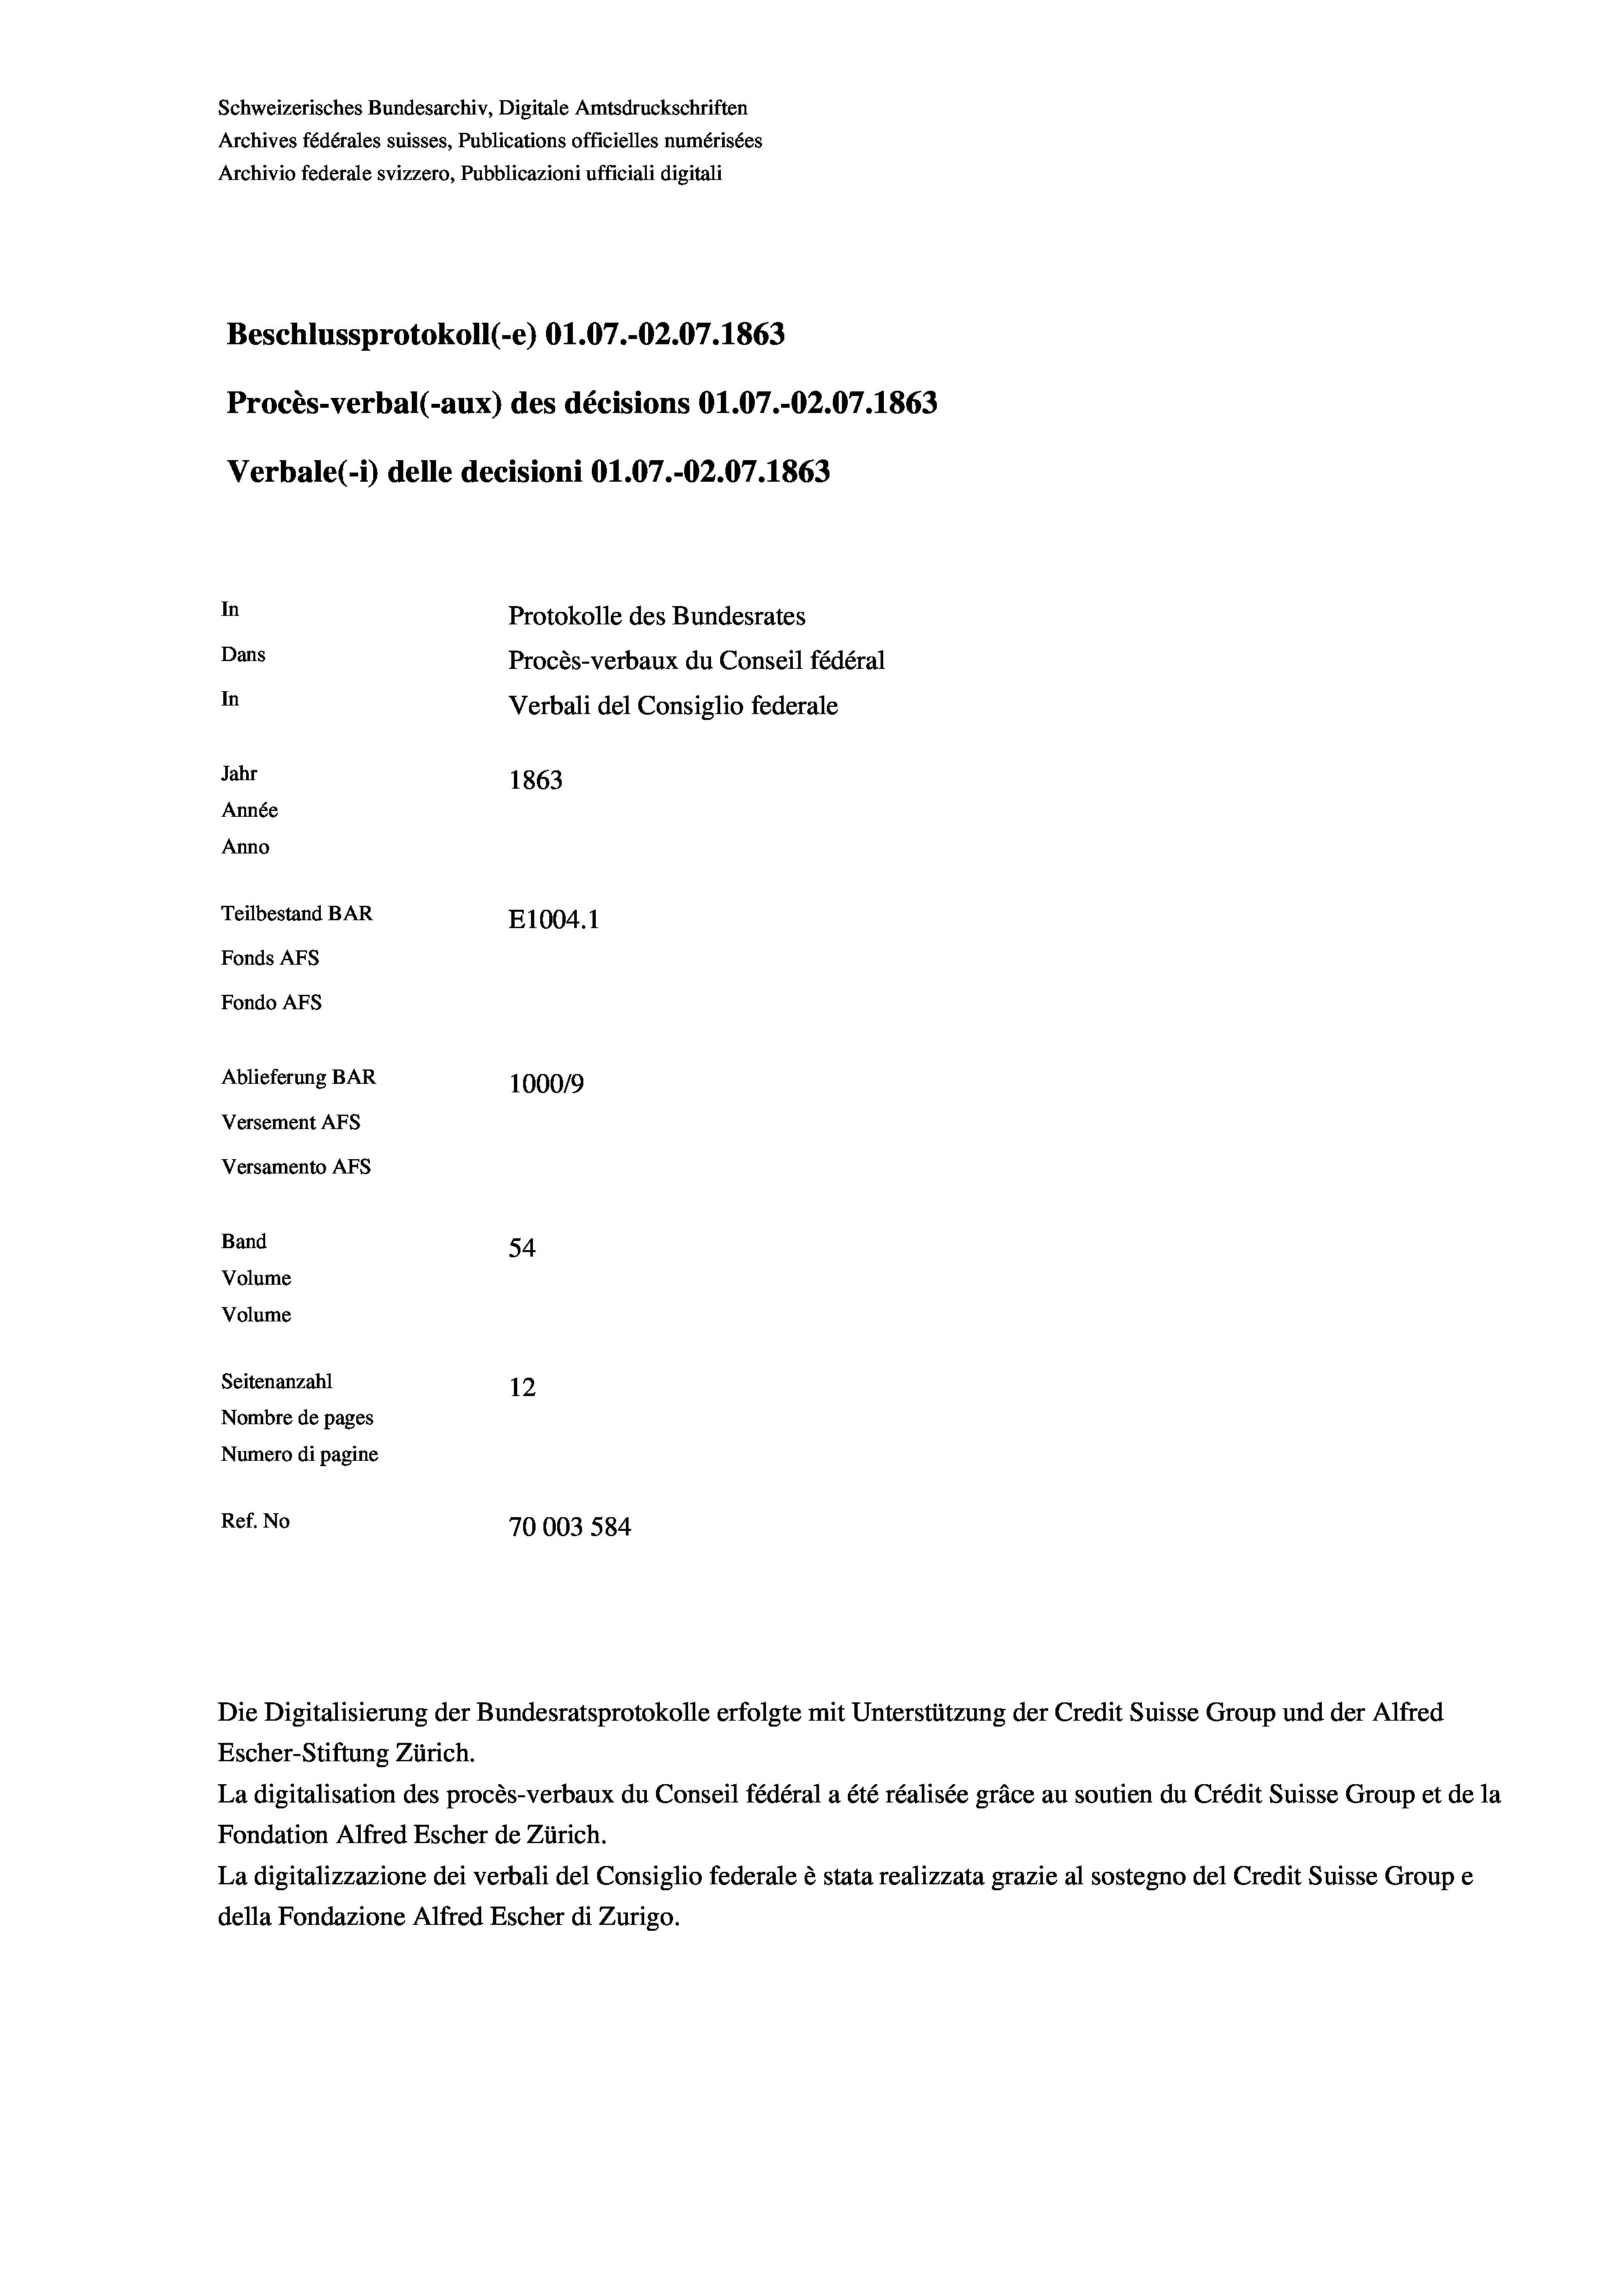
Schweizerisches Bundesarchiv, Digitale Amtsdruckschriften
Archives fédérales suisses, Publications officielles numérisées
Archivio federale svizzero, Pubblicazioni ufficiali digitali
Beschlussprotokoll (-e) O1.07.-O2.07. 1863
Procès-verbal (-aux) des décisions O1.07.-O2.07. 1863
Verbale (- 1) delle decisioni Ol.07.-02.07. 1863
In
Protokolle des Bundesrates
Dans
Procès-verbaux du Conseil fédéral
In
Verbali del Consiglio federale
Jahr
1863
Année
Anno
Teilbestand BAR
E1004. 1
Fonds AFs
Fondo AFs
Ablieferung BAR
100019
Versement AFs
Versamento AFs
Band
54
Volume
Volume
Seitenanzahl
12
Nombre de pages
Numero di pagine
Ref. No
70003 584

Escher-Stiftung Zürich.
La digitalisation des procès-verbaux du Conseil fédéral a été réalisée gräce au soutien du Crédit Suisse Group et de la
Fondation Alfred Escher de Zürich.
La digitalizzazione dei verbali del Consiglio federale è stata realizzata grazie al sostegno del Credit Suisse Groupe
della Fondazione Alfred Escher di Zurigo.

Die Digitalisierung der Bundesratsprotokolle erfolgte mit Unterstützung der Credit Suisse Group und der Alfred